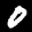
Label: 0